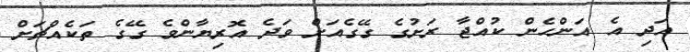
އަދި އެ އަންހެން ކުއްޖާ ރަށުގެ ގޭގެއަށް ވަދެ އޮރިޔާންވެ ގޭގެ ތަކެއްޗަށް